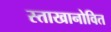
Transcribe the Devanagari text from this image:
स्ताखानोवित